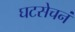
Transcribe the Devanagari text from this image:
घटसेचनं